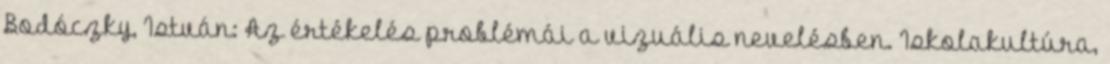
Bodóczky, István: Az értékelés problémái a vizuális nevelésben. Iskolakultúra,